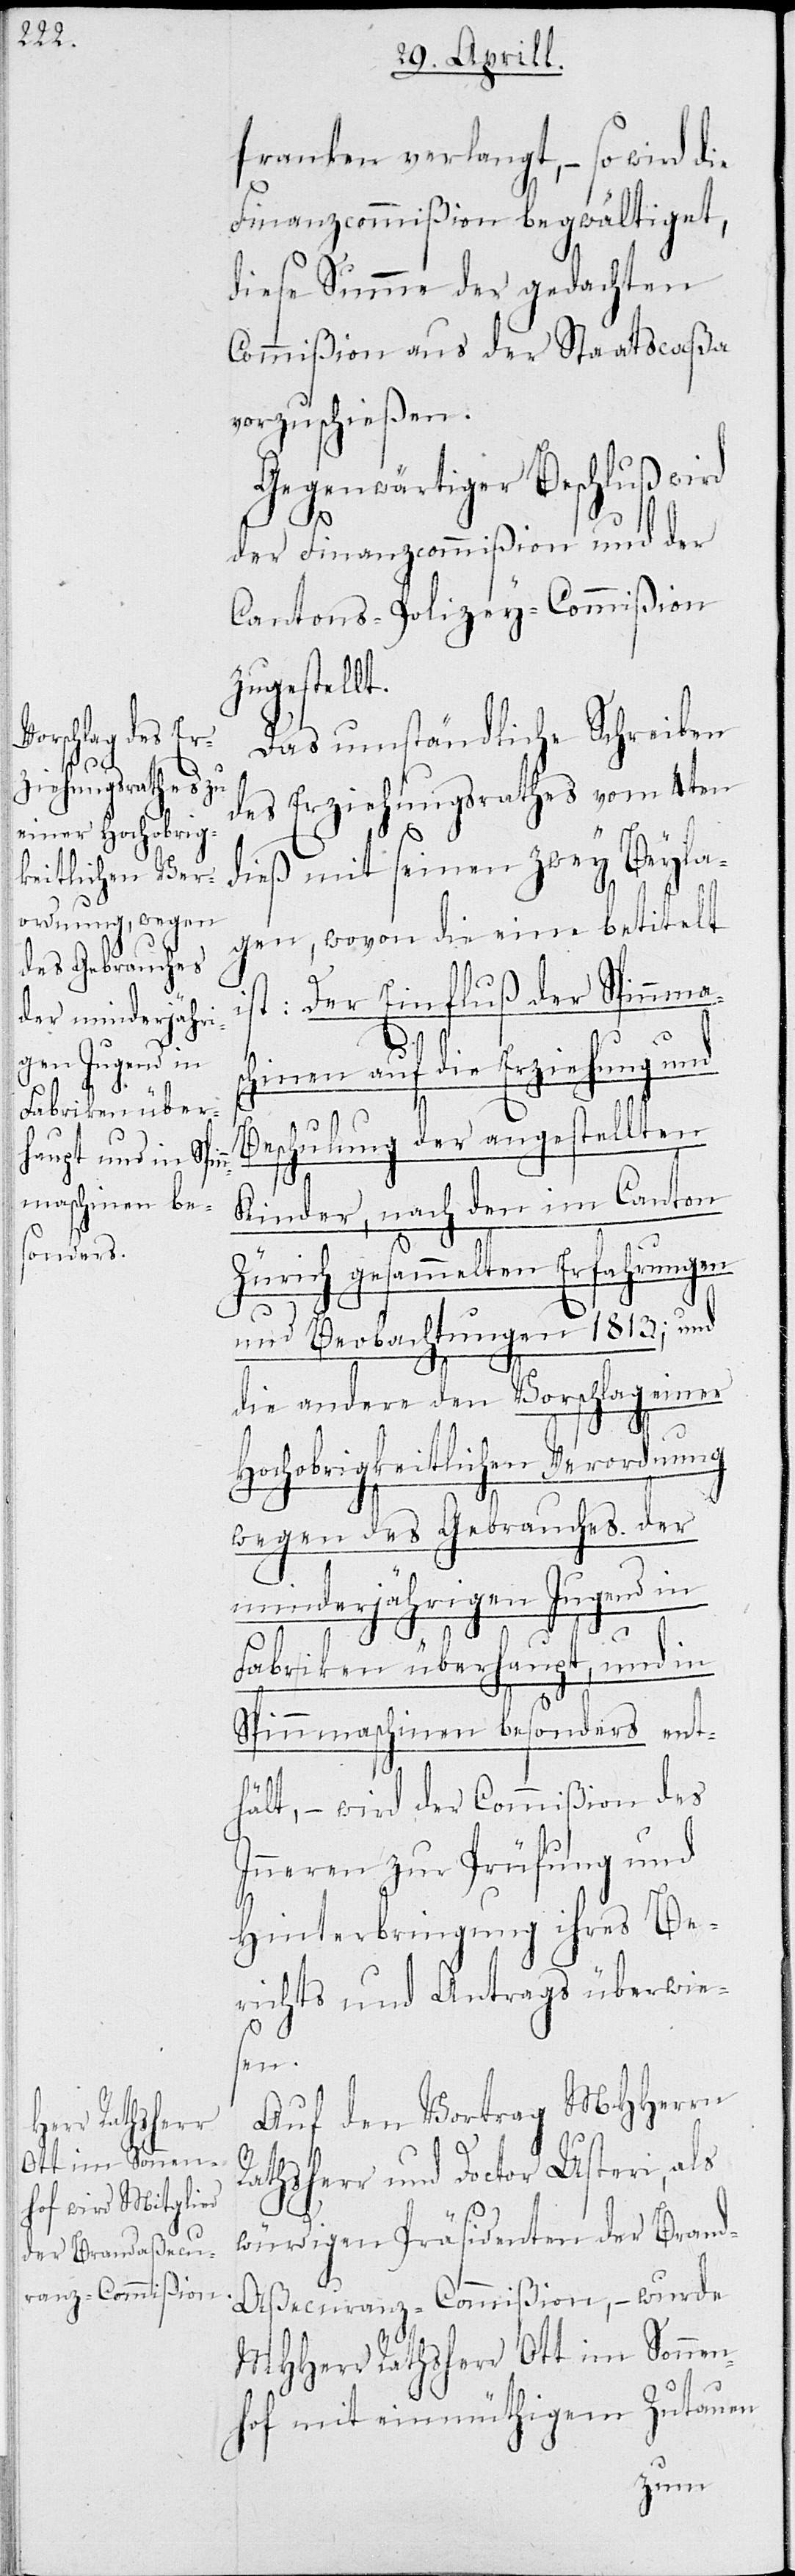
franken verlangt, – so wird die
Finanzcommißion begwältiget,
diese Summe der gedachten
Commißion aus der Staatscaßa
vorzuschießen.
Gegenwärtiger Beschluß wird
der Finanzcommißion und der
Cantons-Polizey-Commißion
ugestellt.
Das umständliche Schreiben
des Erziehungsrathes vom 4ten
dieß mit seinen zwey Beyla¬
gen, wovon die eine betittelt
ist: Der Einfluß der Spinnmas¬
chinen auf die Erziehung un¬
d
Beschulung der angestellten
z¬
Kinder, nach den im Canton
Zürich gesammelten Erfahrungen
und Beobachtungen 1813.; und
die andere den Vorschlag einer
Hochobrigkeitlichen Verordnung
wegen des Gebrauchs der
minderjährigen Jugend in
Fabriken überhaupt, und in
Spinnmaschinen besonders ent¬
hält, – wird der Commißion des
Inneren zur Prüfung und
Hinterbringung ihres Be¬
richts und Antrags überwie¬
sen.
Auf den Vortrag MHHerrn
Rathsherr und Doctor Usteri, als
würdigen Präsidenten der Brand¬
aßecuranz-Commißion, – wurde
MHHerr Rathsherr Ott im Sonnen¬
hof mit einmüthigem Zut[r]auen